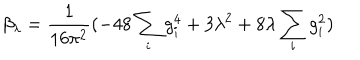
LaTeX: \beta _ { \lambda } = \frac { 1 } { 1 6 \pi ^ { 2 } } ( - 4 8 \sum _ { i } g _ { i } ^ { 4 } + 3 \lambda ^ { 2 } + 8 \lambda \sum _ { i } g _ { i } ^ { 2 } )